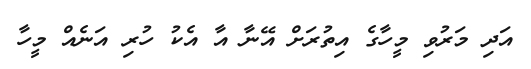
އަދި މަރުވި މީހާގެ އިތުރަށް އޭނާ އާ އެކު ހުރި އަނެއް މީހާ